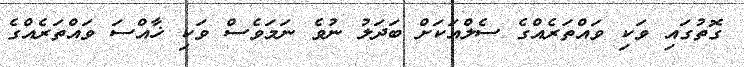
ގޮތުގައި ވަކި ވައްތަރެއްގެ ސެލްއަކަށް ބަދަލު ނުވެ ނަމަވެސް ވަކި ޚާއްސަ ވައްތަރެއްގެ